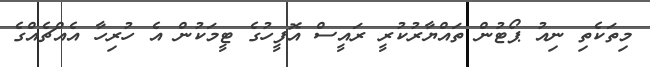
މިތަކެތި ނިއު ޕޯޓުން ތައްޔާރުކުރީ ރައީސް އޮފީހުގެ ޓީމަކުން އެ ހުރިހާ އެއްޗެއްގެ